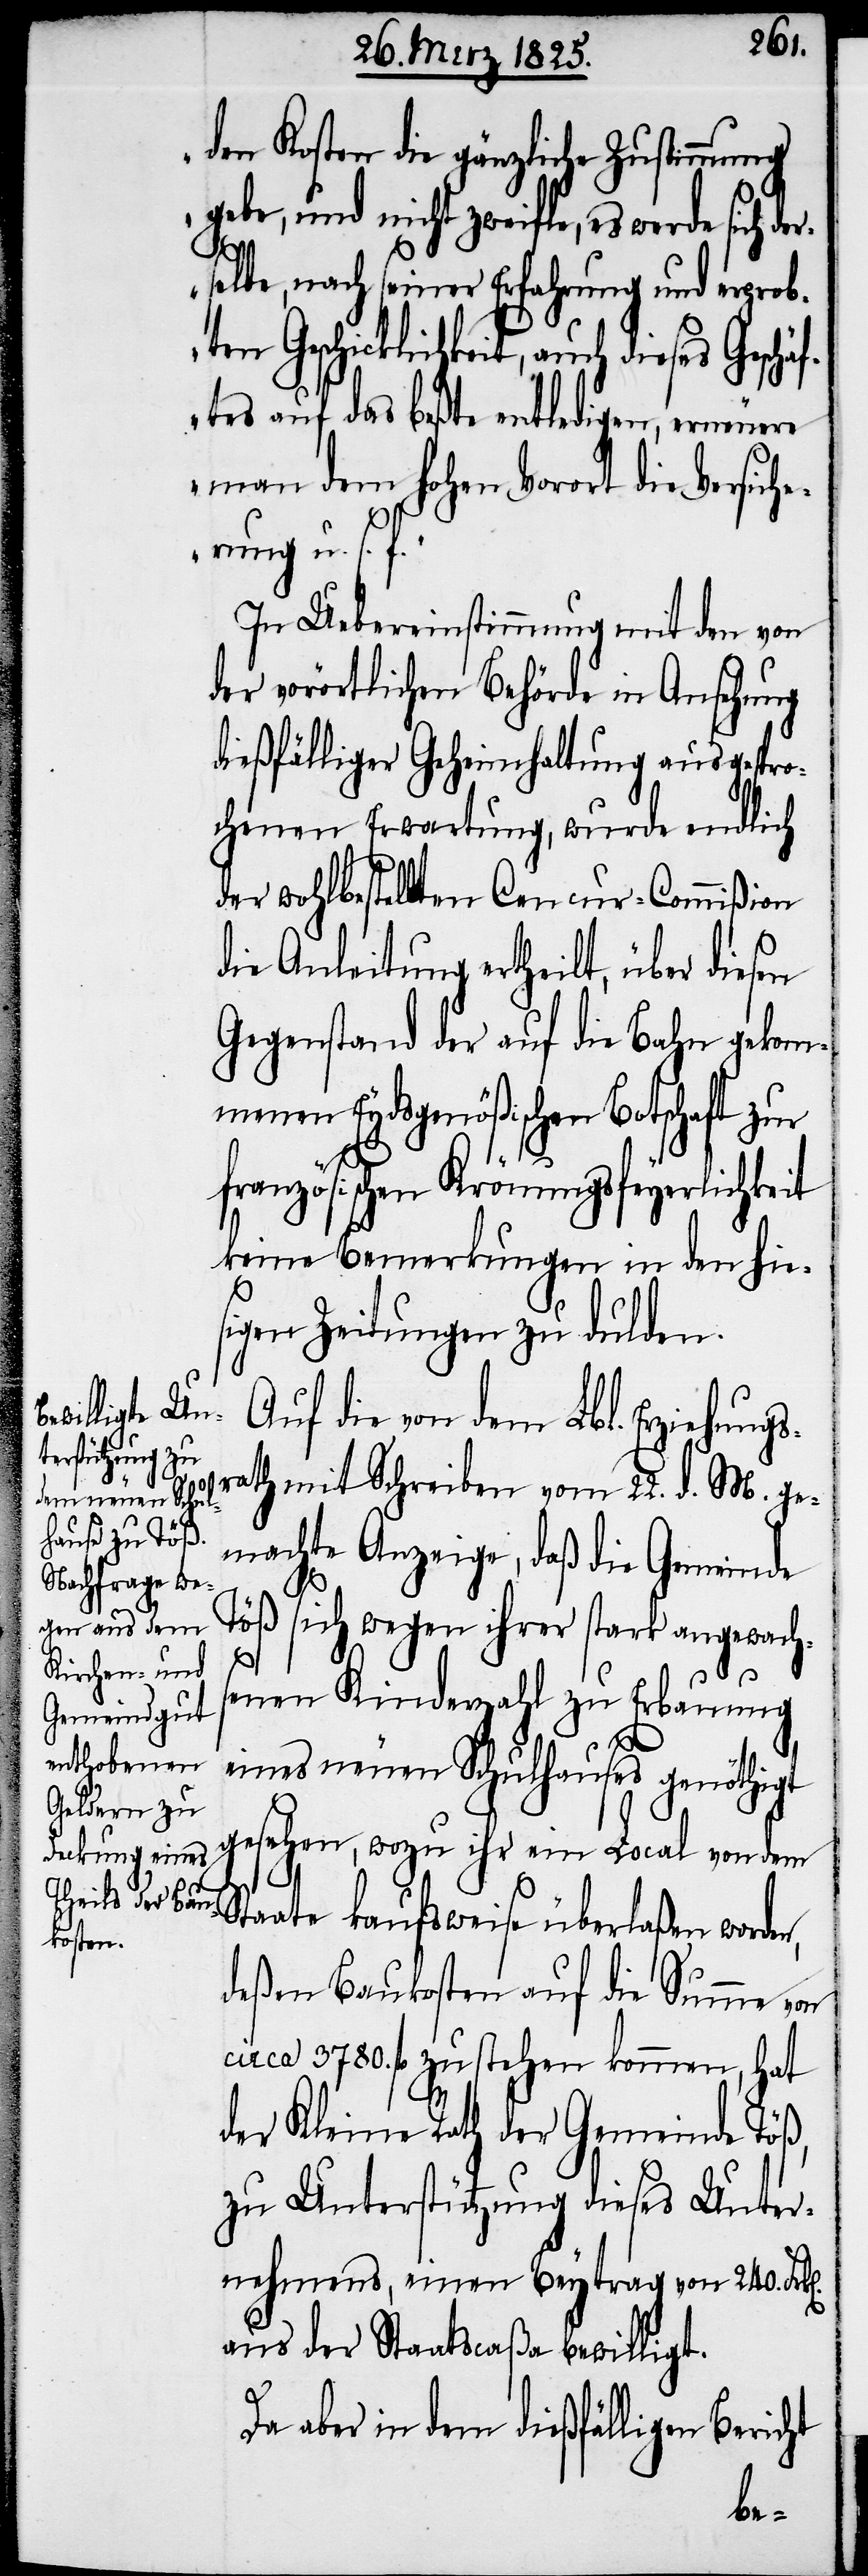
den Kosten die gänzliche Zustimmung
gebe, und nicht zweifle, es werde sich der¬
selbe, nach seiner Erfahrung und erprobten
Geschicklichkeit, auch dieses Geschä¬
ftes auf das beßte entledigen, erneuere
man dem hohen Vorort die Versiche¬
rung u. s. f.“
In Uebereinstimmung mit den von
der vorörtlichen Behörde in Ansehung
dießfälliger Geheimhaltung ausgespro¬
chenen Erwartung, wurde endlich
der wohlbestellten Cencur-Commißion
die Anleitung ertheilt, über diesen
Gegenstand der auf die Bahn gekom¬
menen Eydsgenößischen Botschaft zur
französischen Krönungsfeyerlichkeit
keine Bemerkungen in den hies¬
igen Zeitungen zu dulden.
Auf die von dem Lbl. Erziehungs¬
rath mit Schreiben vom 22. d. M. ge¬
machte Anzeige, daß die Gemeinde
Töß sich wegen ihrer stark angewachs¬
enen Kinderzahl zu Erbauung
n].
eines neuen Schulhauses genöthigt
gesehen, wozu ihr ein Local von dem
Staate kaufsweise überlaßen worde¬
deßen Baukosten auf die Summe von
circa 3780. fl zu stehen kommen, hat
der Kleine Rath der Gemeinde Töß,
zu Unterstützung dieses Unter¬
nehmens, einen Beytrag von 240. Frk[e¬
aus der Staatscaßa bewilligt.
Da aber in dem dießfälligen Bericht